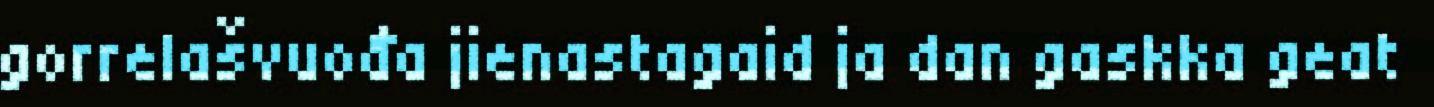
gorrelašvuođa jienastagaid ja dan gaskka geat